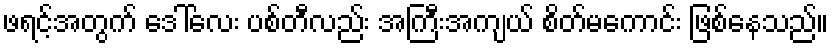
ဖရင့်အတွက် ဒေါ်လေး ပစ်တီလည်း အကြီးအကျယ် စိတ်မကောင်း ဖြစ်နေသည်။